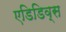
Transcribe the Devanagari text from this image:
एडिडिव्स